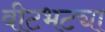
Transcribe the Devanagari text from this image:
वीटभट्या